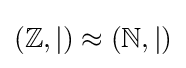
(\mathbb {Z} ,|)\approx (\mathbb {N} ,|)